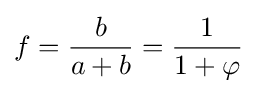
f={\frac {b}{a+b}}={\frac {1}{1+\varphi }}